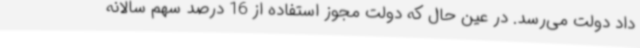
داد دولت می‌رسد. در عین حال که دولت مجوز استفاده از 16 درصد سهم سالانه